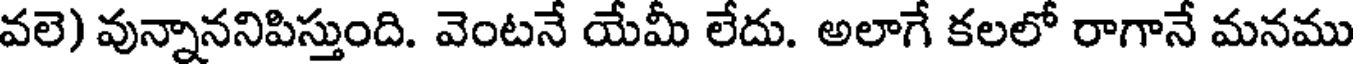
వలె) వున్నాననిపిస్తుంది. వెంటనే యేమీ లేదు. అలాగే కలలో రాగానే మనము